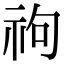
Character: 𥘮